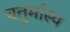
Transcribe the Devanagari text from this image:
चतुर्मास्य